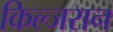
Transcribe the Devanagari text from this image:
किल्जरान